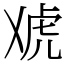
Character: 䖊